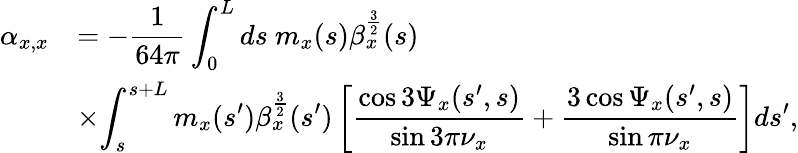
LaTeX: \begin{array}{cl}{\displaystyle\alpha_{x,x}}&{=\displaystyle-\frac{1}{64\pi}\int_{0}^{L}{ds\ m_{x}(s)\beta_{x}^{\frac{3}{2}}(s)}}\\ &{\displaystyle\times{\int_{s}^{s+L}m_{x}(s^{\prime})\beta_{x}^{\frac{3}{2}}(s^{\prime})\left[\frac{\cos{3\Psi_{x}(s^{\prime},s)}}{\sin{3\pi\nu_{x}}}+\frac{3\cos{\Psi_{x}(s^{\prime},s)}}{\sin{\pi\nu_{x}}}\right]ds^{\prime}},}\end{array}